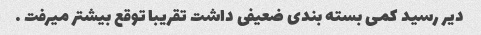
دیر رسید کمی بسته بندی ضعیفی داشت تقریبا توقع بیشتر میرفت …